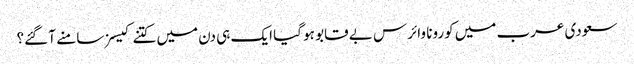
سعودی عرب میں کورونا وائرس بے قابو ہو گیا ایک ہی دن میں کتنے کیسز سامنے آ گئے؟